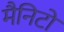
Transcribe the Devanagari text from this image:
मैनिटो